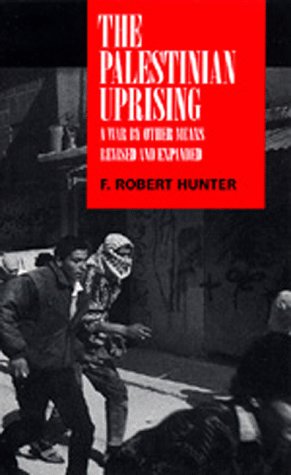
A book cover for The Palestinian Uprising: A War By Other Means; F. Robert Hunter; History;